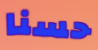
حسنا